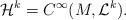
LaTeX: \begin{align*} \mathcal{H}^k = C^\infty(M, \mathcal{L}^k). \end{align*}